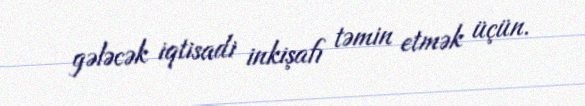
gələcək iqtisadi inkişafı təmin etmək üçün.